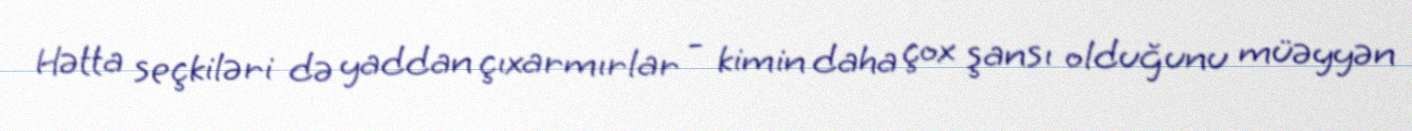
Hətta seçkiləri də yaddan çıxarmırlar - kimin daha çox şansı olduğunu müəyyən